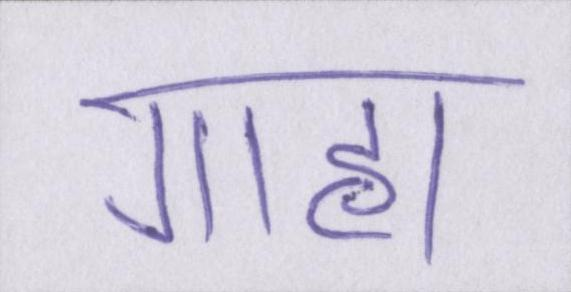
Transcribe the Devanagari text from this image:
गाह्य